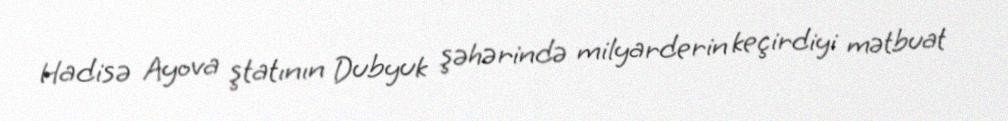
Hadisə Ayova ştatının Dubyuk şəhərində milyarderin keçirdiyi mətbuat